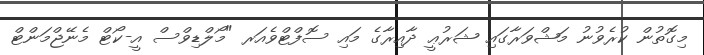
މިގޮތުން ކުރެވުނު މަޝްވަރާގައި ޝަރުޢީ ދާއިރާގެ މައި ސޮފްޓްވެއަރ "މޯލްޑިވްސް އީ-ކޯޓް މެނޭޖްމަންޓް